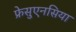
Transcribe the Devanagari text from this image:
फ्रेसुएनसिया